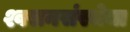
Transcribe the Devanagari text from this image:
श्वसनसंस्थेचा